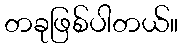
တခုဖြစ်ပါတယ်။